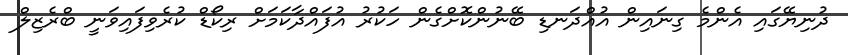
ދުނިޔޭގައި އެންމެ ގިނައިން އުއްދަނޑި ބޭނުންކޮށްގެން ހަކުރު އުފައްދާކަމަށް ރިކޯޑް ކުރެވިފައިވަނީ ބްރެޒިލް